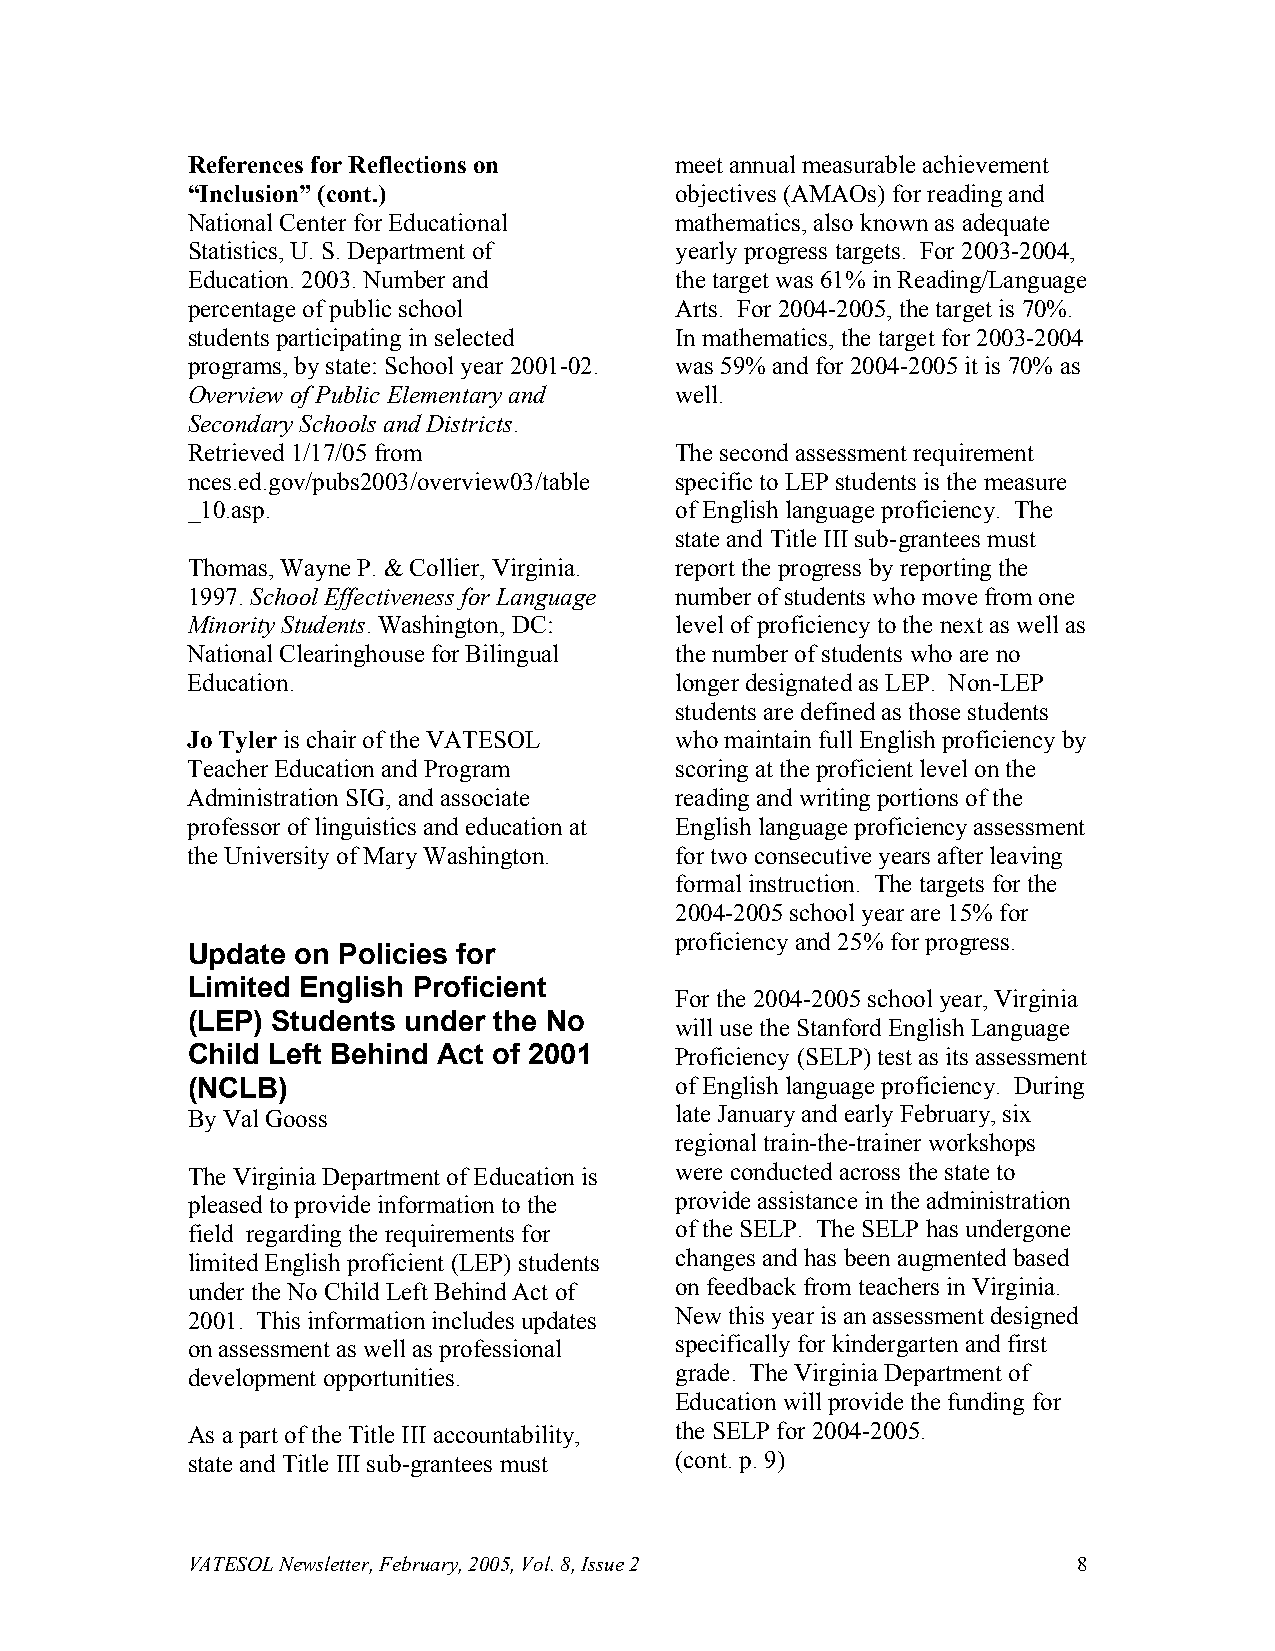
References for Reflections on    meet annual measurable achievement
 “Inclusion” (cont.)              objectives (AMAOs) for reading and
 National Center for Educational  mathematics, also known as adequate
 Statistics, U. S. Department of  yearly progress targets. For 2003-2004,
 Education. 2003. Number and      the target was 61% in Reading/Language
 percentage of public school      Arts. For 2004-2005, the target is 70%.
 students participating in selected In mathematics, the target for 2003-2004
 programs, by state: School year 2001-02. was 59% and for 2004-2005 it is 70% as
 Overview of Public Elementary and well.
 Secondary Schools and Districts.
 Retrieved 1/17/05 from           The second assessment requirement
 nces.ed.gov/pubs2003/overview03/table specific to LEP students is the measure
 _10.asp.                         of English language proficiency. The
 state and Title III sub-grantees must
 Thomas, Wayne P. & Collier, Virginia. report the progress by reporting the
 1997. School Effectiveness for Language number of students who move from one
 Minority Students. Washington, DC: level of proficiency to the next as well as
 National Clearinghouse for Bilingual the number of students who are no
 Education.                       longer designated as LEP. Non-LEP
 students are defined as those students
 Jo Tyler is chair of the VATESOL who maintain full English proficiency by
 Teacher Education and Program    scoring at the proficient level on the
 Administration SIG, and associate reading and writing portions of the
 professor of linguistics and education at English language proficiency assessment
 the University of Mary Washington. for two consecutive years after leaving
 formal instruction. The targets for the
 2004-2005 school year are 15% for
 proficiency and 25% for progress.
 Update on Policies for
 Limited English Proficient
 For the 2004-2005 school year, Virginia
 (LEP) Students under the No
 will use the Stanford English Language
 Child Left Behind Act of 2001    Proficiency (SELP) test as its assessment
 (NCLB)                           of English language proficiency. During
 By Val Gooss                     late January and early February, six
 regional train-the-trainer workshops
 The Virginia Department of Education is were conducted across the state to
 pleased to provide information to the provide assistance in the administration
 field regarding the requirements for of the SELP. The SELP has undergone
 limited English proficient (LEP) students changes and has been augmented based
 under the No Child Left Behind Act of on feedback from teachers in Virginia.
 2001. This information includes updates New this year is an assessment designed
 on assessment as well as professional specifically for kindergarten and first
 development opportunities.       grade. The Virginia Department of
 Education will provide the funding for
 As a part of the Title III accountability, the SELP for 2004-2005.
 state and Title III sub-grantees must (cont. p. 9)
 VATESOL Newsletter, February, 2005, Vol. 8, Issue 2        8